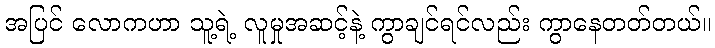
အပြင် လောကဟာ သူ့ရဲ့ လူမှုအဆင့်နဲ့ ကွာချင်ရင်လည်း ကွာနေတတ်တယ်။